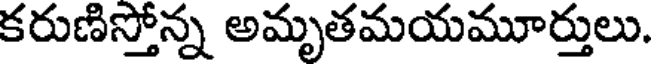
కరుణిస్తోన్న అమృతమయమూర్తులు.